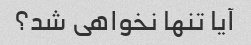
آیا تنها نخواهی شد؟